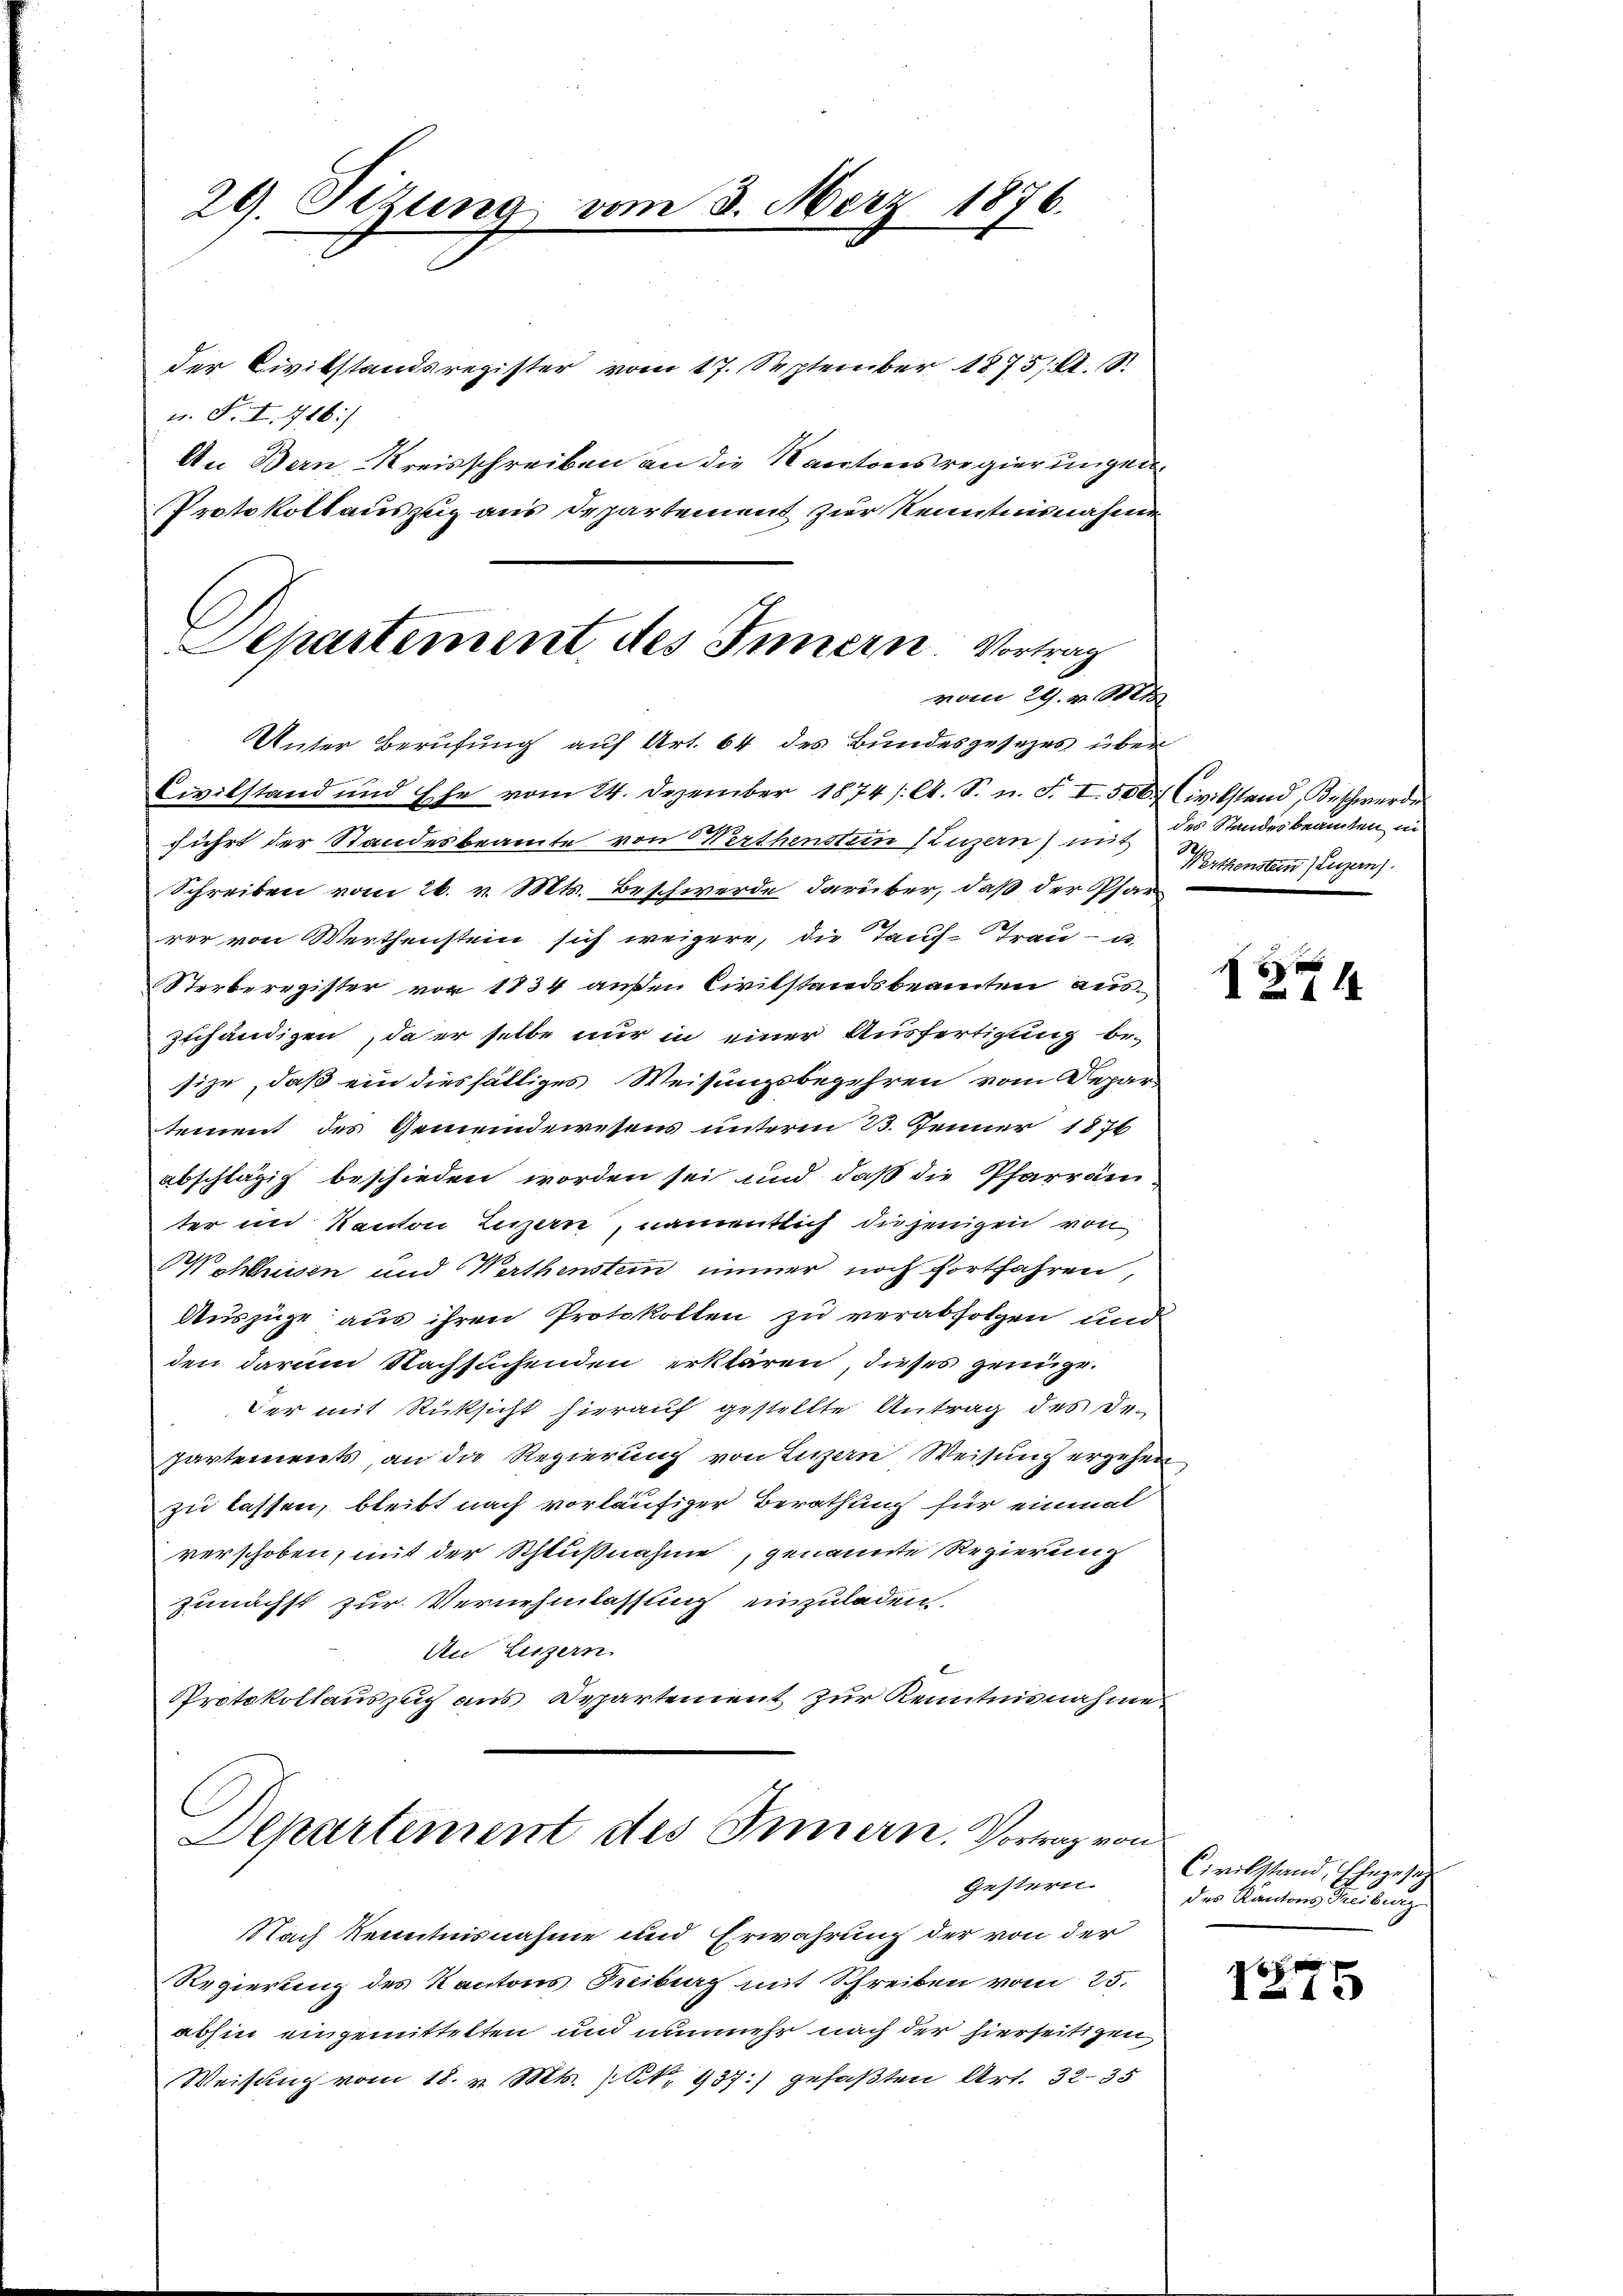
29. Sitzung vom 3. März 1876.

der Civilstandsregister vom 17. September 1875, A. S.
u. F. I. 716)
An Bern Kreisschreiben an die Kantonsregierungen.
Protokollauszug aus Departement zur Kenntnisnahme
Unter Berufung auf Art. 64 des Bundesgesezes über
Civilstand und Ehe vom 24. Dezember 1874/. A. S. n. F. I 506.
führt der Standesbeamte von Werthenstein (Luzern) mit
Schreiben vom 26. v. Mts. Beschwerde darüber, daß der Phan
rer von Werthenstein sich weigere, die Tauf- Trau- u.
Sterberegister von 1834 außen Civilstandsbeamten auszuhändigen, da er selbe nur in einer Ausfertigung besize, daß ein diesfälliges Weisungsbegehren vom Depar-
tement des Gemeindewesens unterm 23. Jenner 1876
abschlägig beschieden worden sei und daß die Pfarrain
ter im Kanton Luzern, namentlich diejenigen von
Wohleisen und Werthensten immer noch fortfahren,
Auszüge aus ihren Protokollen zu verabfolgen und
den darum Nachsuchenden erklären, dieses genüge.
Der mit Rücksicht hierauf gestellte Antrag des De-
partements an die Regierung von Luzern Weisung ergehen
zu lassen, bleibt nach vorläufiger Berathung für einmal
verschoben, mit der Schlußnahme, genannte Regierung
zunächst zur Vernehmlassung einzuladen.
An Liezern.
Protokollauszuch aus Departement zur Kenntnisnahme
Departement des Innern. Vortrag von
Gestern.
Nach Kenntnisnahme und Erwährung der von der
Regierung des Kantons Kiburg mit Schreiben vom 25.
abhin eingemittelten und nunmehr nach der hierseitigen,
Weisung vom 18. v. Mts. No. 937.) gefaßten Art. 3235.

Separtement des Innern. Vortrag
vom 29. v. Mts.

Civilstand, Beschwerden
des Standesbeamten in
Werthenster (Luzern).

)

s
14

Civilstand, Ehegesez
des Kantons Treiburg

75